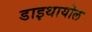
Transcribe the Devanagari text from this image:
डाइथायोल